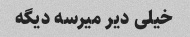
خیلی دیر میرسه دیگه